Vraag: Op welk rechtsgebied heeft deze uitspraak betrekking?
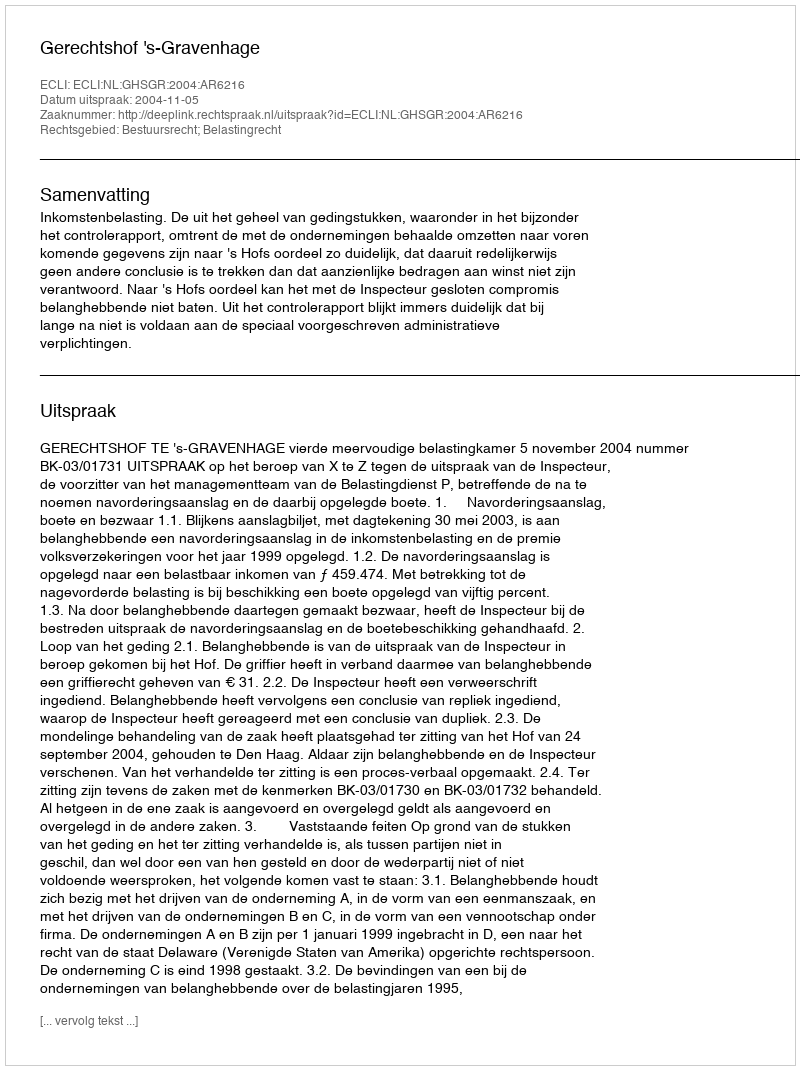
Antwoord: Bestuursrecht; Belastingrecht